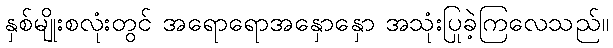
နှစ်မျိုးစလုံးတွင် အရောရောအနှောနှော အသုံးပြုခဲ့ကြလေသည်။